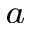
^ { a }